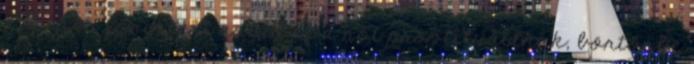
250 ezer forintért adták el a nőt prostituáltnak, börtönbe